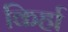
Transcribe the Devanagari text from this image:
किर्हा